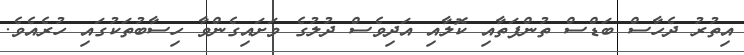
އިތުރު ދެހާސް ބަޑްސް ތުންފަތާއި ކޮލާއި އަދިވެސް ދުލުގެ ވަށައިގެންވާ ހިސާބުތަކުގައި ހުރެއެވެ.